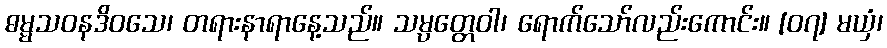
ဓမ္မသဝနဒိဝသေ၊ တရားနာရာနေ့သည်။ သမ္ပတ္တေဝါ၊ ရောက်သော်လည်းကောင်း။ [၀၇] မယှံ၊